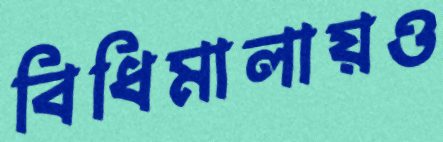
বিধিমালায়ও